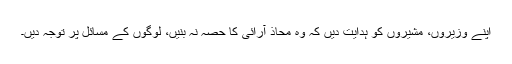
اپنے وزیروں، مشیروں کو ہدایت دیں کہ وہ محاذ آرائی کا حصہ نہ بنیں، لوگوں کے مسائل پر توجہ دیں۔